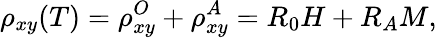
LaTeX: \rho_{xy}(T)=\rho_{xy}^{O}+\rho_{xy}^{A}=R_{0}H+R_{A}M,